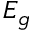
E _ { g }